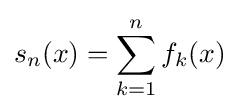
s_{n}(x)=\sum _{k=1}^{n}f_{k}(x)